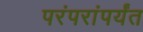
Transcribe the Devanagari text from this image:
परंपरांपर्यंत